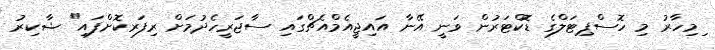
ިމިހާރު މި ހޮސްޕިޓަލްގެ ޑޮކްޓަރުން ވަނީ އޭނާ އައިޖީއެމްއެޗްގައި ސާޖަރީހެދުމަށް ރިފަރކޮށްފައި" ޝާކިރު